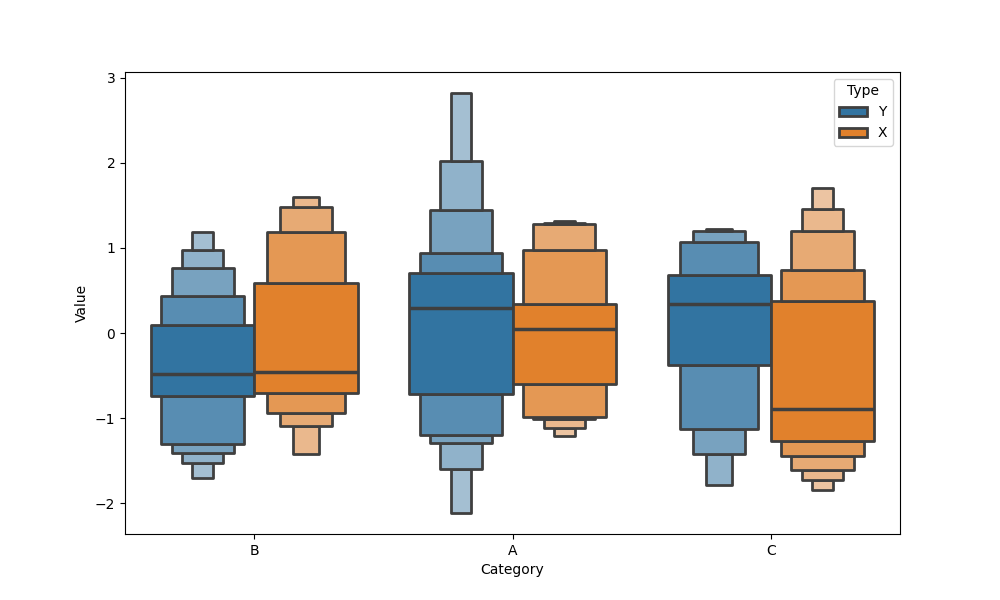
python, seaborn, boxenplot, k_depth='full', linewidth=2, scale='linear', outlier_prop=0.2, showfliers=True